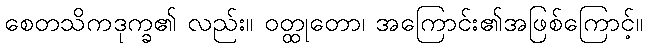
စေတသိကဒုက္ခ၏ လည်း။ ဝတ္ထုတော၊ အကြောင်း၏အဖြစ်ကြောင့်။